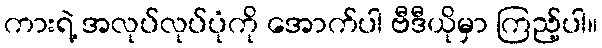
ကားရဲ့ အလုပ်လုပ်ပုံကို အောက်ပါ ဗီဒီယိုမှာ ကြည့်ပါ။